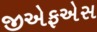
જીએફએસ